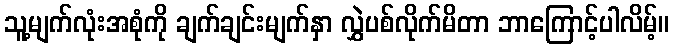
သူ့မျက်လုံးအစုံကို ချက်ချင်းမျက်နှာ လွှဲပစ်လိုက်မိတာ ဘာကြောင့်ပါလိမ့်။